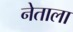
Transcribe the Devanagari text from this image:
नेताला